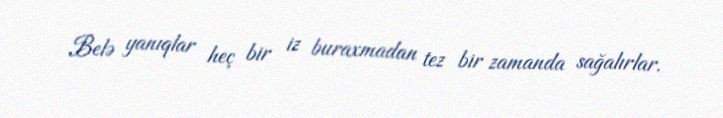
Belə yanıqlar heç bir iz buraxmadan tez bir zamanda sağalırlar.